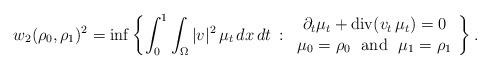
LaTeX: \begin{align*}w_2(\rho_0,\rho_1)^2=\inf \left\{\int_0^1 \int_\Omega |v|^2\, \mu_t\,dx\,dt\, :\, \begin{array}{c}\partial_t \mu_t+\mathrm{div} (v_t\, \mu_t)=0 \\\mu_0=\rho_0\ \mbox{ and }\ \mu_1=\rho_1\end{array}\right\}.\end{align*}